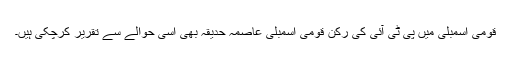
قومی اسمبلی میں پی ٹی آئی کی رکن قومی اسمبلی عاصمہ حدیقہ بھی اسی حوالے سے تقریر کرچکی ہیں۔